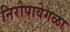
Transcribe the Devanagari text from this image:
निरोपावेगळा